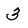
Character: 3